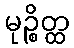
မုဉ္စိတ္ထ